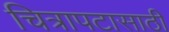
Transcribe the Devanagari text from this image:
चित्रापटासाठी